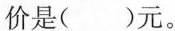
价是( )元。